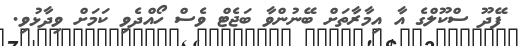
ފޭދޫ ސްކޫލްގެ އާ އިމާރާތަށް ބޭނުންވާ ބަޖެޓް ވެސް ހޯއްދެވި ކަމަށް ވިދާޅުވި.